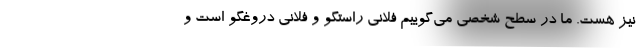
نیز هست. ما در سطح شخصی می‌گوییم فلانی راستگو و فلانی دروغگو است و